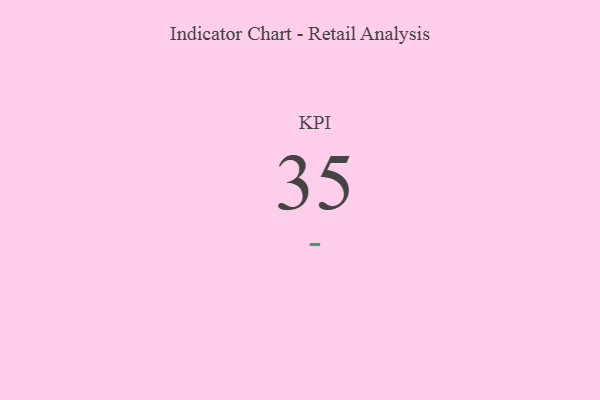
{"axis": {"x": "KPI", "y": "Value"}, "legend": [""], "data": [{"x": "KPI", "y": 35, "type": ""}]}